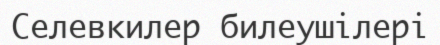
Селевкилер билеушілері